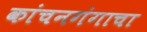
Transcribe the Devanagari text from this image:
कांचनगंगाचा